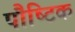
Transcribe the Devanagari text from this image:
पौष्‍िटक